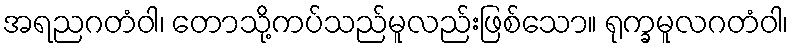
အရညဂတံဝါ၊ တောသို့ကပ်သည်မူလည်းဖြစ်သော။ ရုက္ခမူလဂတံဝါ၊